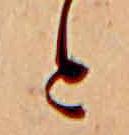
と